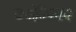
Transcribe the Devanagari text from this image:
ज्योतिषराय